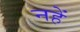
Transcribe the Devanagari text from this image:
नहें